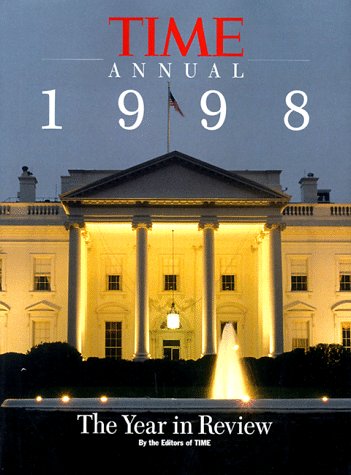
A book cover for Time Annual 1998: The Year in Review (Time Annual: the Year in Review); Humor & Entertainment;